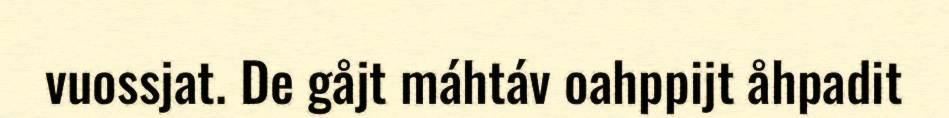
vuossjat. De gåjt máhtáv oahppijt åhpadit